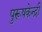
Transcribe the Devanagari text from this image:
पुरूषकेन्द्री